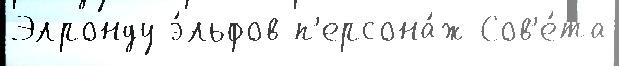
Элронду э́льфов п'ерсона́ж Сов'е́та